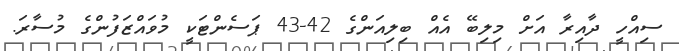
ސިއްހީ ދާއިރާ އަށް މިލިބޭ އެއް ބިލިއަންގެ 42-43 ޕަސެންޓަކީ މުވައްޒަފުންގެ މުސާރަ.